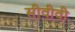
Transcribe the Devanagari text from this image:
सीवीवी